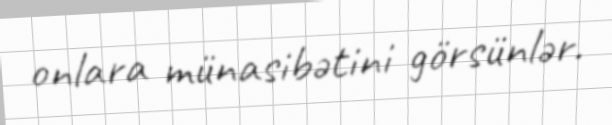
onlara münasibətini görsünlər.